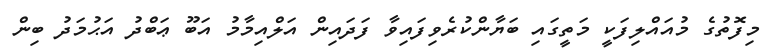
މިފޮތުގެ މުއައްލިފަކީ މަތީގައި ބަޔާންކުރެވިފައިވާ ފަދައިން އަލްއިމާމު އަބޫ ޢަބްދު އަޙުމަދު ބިން